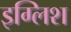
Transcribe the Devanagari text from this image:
इग्लिश